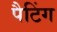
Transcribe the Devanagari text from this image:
पैटिंग